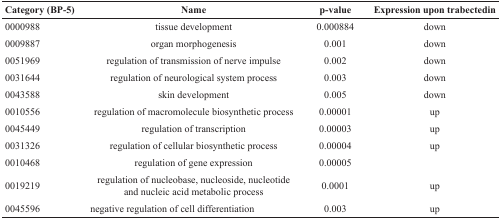
<table><thead><tr><td><b>Category (BP-5)</b></td><td><b>Name</b></td><td><b>p-value</b></td><td><b>Expression upon trabectedin</b></td></tr></thead><tbody><tr><td>0000988</td><td>tissue development</td><td>0.000884</td><td>down</td></tr><tr><td>0009887</td><td>organ morphogenesis</td><td>0.001</td><td>down</td></tr><tr><td>0051969</td><td>regulation of transmission of nerve impulse</td><td>0.002</td><td>down</td></tr><tr><td>0031644</td><td>regulation of neurological system process</td><td>0.003</td><td>down</td></tr><tr><td>0043588</td><td>skin development</td><td>0.005</td><td>down</td></tr><tr><td>0010556</td><td>regulation of macromolecule biosynthetic process</td><td>0.00001</td><td>up</td></tr><tr><td>0045449</td><td>regulation of transcription</td><td>0.00003</td><td>up</td></tr><tr><td>0031326</td><td>regulation of cellular biosynthetic process</td><td>0.00004</td><td>up</td></tr><tr><td>0010468</td><td>regulation of gene expression</td><td>0.00005</td><td></td></tr><tr><td>0019219</td><td>regulation of nucleobase, nucleoside, nucleotide and nucleic acid metabolic process</td><td>0.0001</td><td>up</td></tr><tr><td>0045596</td><td>negative regulation of cell differentiation</td><td>0.003</td><td>up</td></tr></tbody></table>